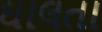
ઘાલતા